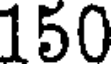
150